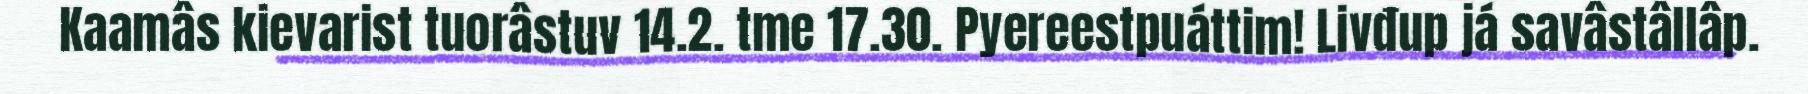
Kaamâs kievarist tuorâstuv 14.2. tme 17.30. Pyereestpuáttim! Livđup já savâstâllâp.